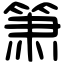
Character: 箫